Indian journal of veterinary science and animal husbandry - Volume 6,
Year: 1936
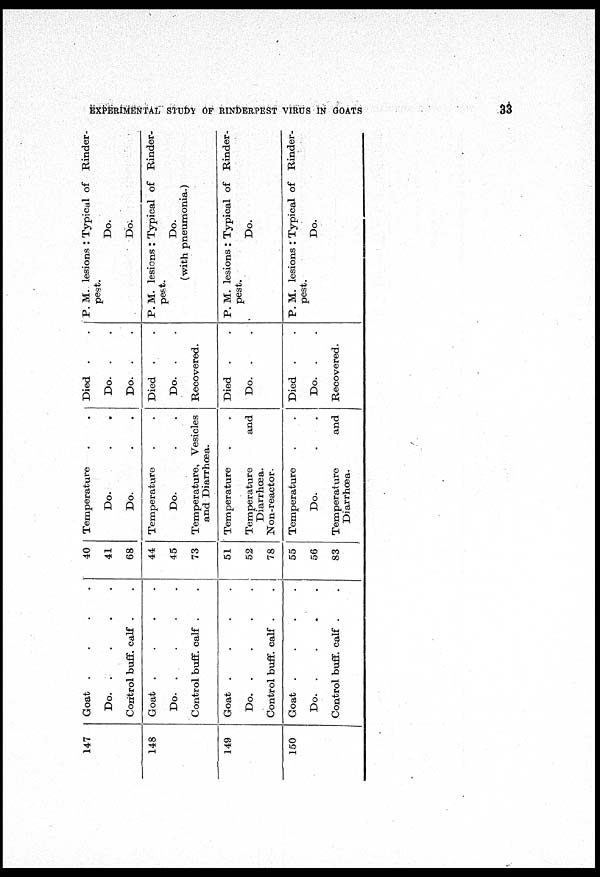
EXPERIMENTAL STUDY OF RINDERPEST VIRUS IN GOATS
33
147
148
149
150
Goat . . . .
Do.
.
.
.
.
Control buff. calf . .
Goat . . . .
Do.
.
.
.
.
Control buff. calf . .
Goat . . . .
Do.
.
.
.
.
Control buff. calf . .
Goat . . . .
Do.
.
.
.
.
Control buff. calf . .
40
41
68
44
45
73
51
52
78
55
56
83
Temperature . .
Do. . .
Do. . .
Temperature . .
Do. . .
Temperature, Vesicles
and
Diarrhœa.
Temperature . .
Temperature and
Diarrhœa.
Non-reactor.
Temperature . .
Do.
.
.
Temperature and
Diarrhœa.
Died . .
Do. . .
Do. . .
Died . .
Do. . .
Recovered.
Died . .
Do. . .
Died . .
Do. . .
Recovered.
P. M. lesions : Typical of Rinder-
pest.
Do.
Do.
P. M. lesions : Typical of Rinder-
pest.
Do.
(with pneumonia.)
P. M. lesions : Typical of Rinder-
pest.
Do.
P. M. lesions : Typical of Rinder-
pest.
Do.